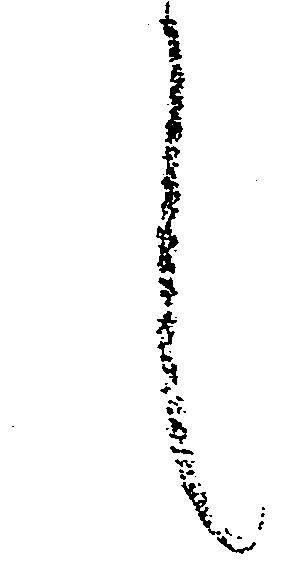
候